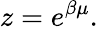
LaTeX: z=e^{\beta\mu}.